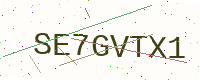
Text: SE7GVTX1